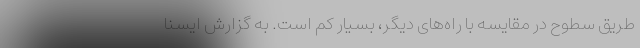
طریق سطوح در مقایسه با راه‌های دیگر، بسیار کم است. به گزارش ایسنا